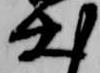
出